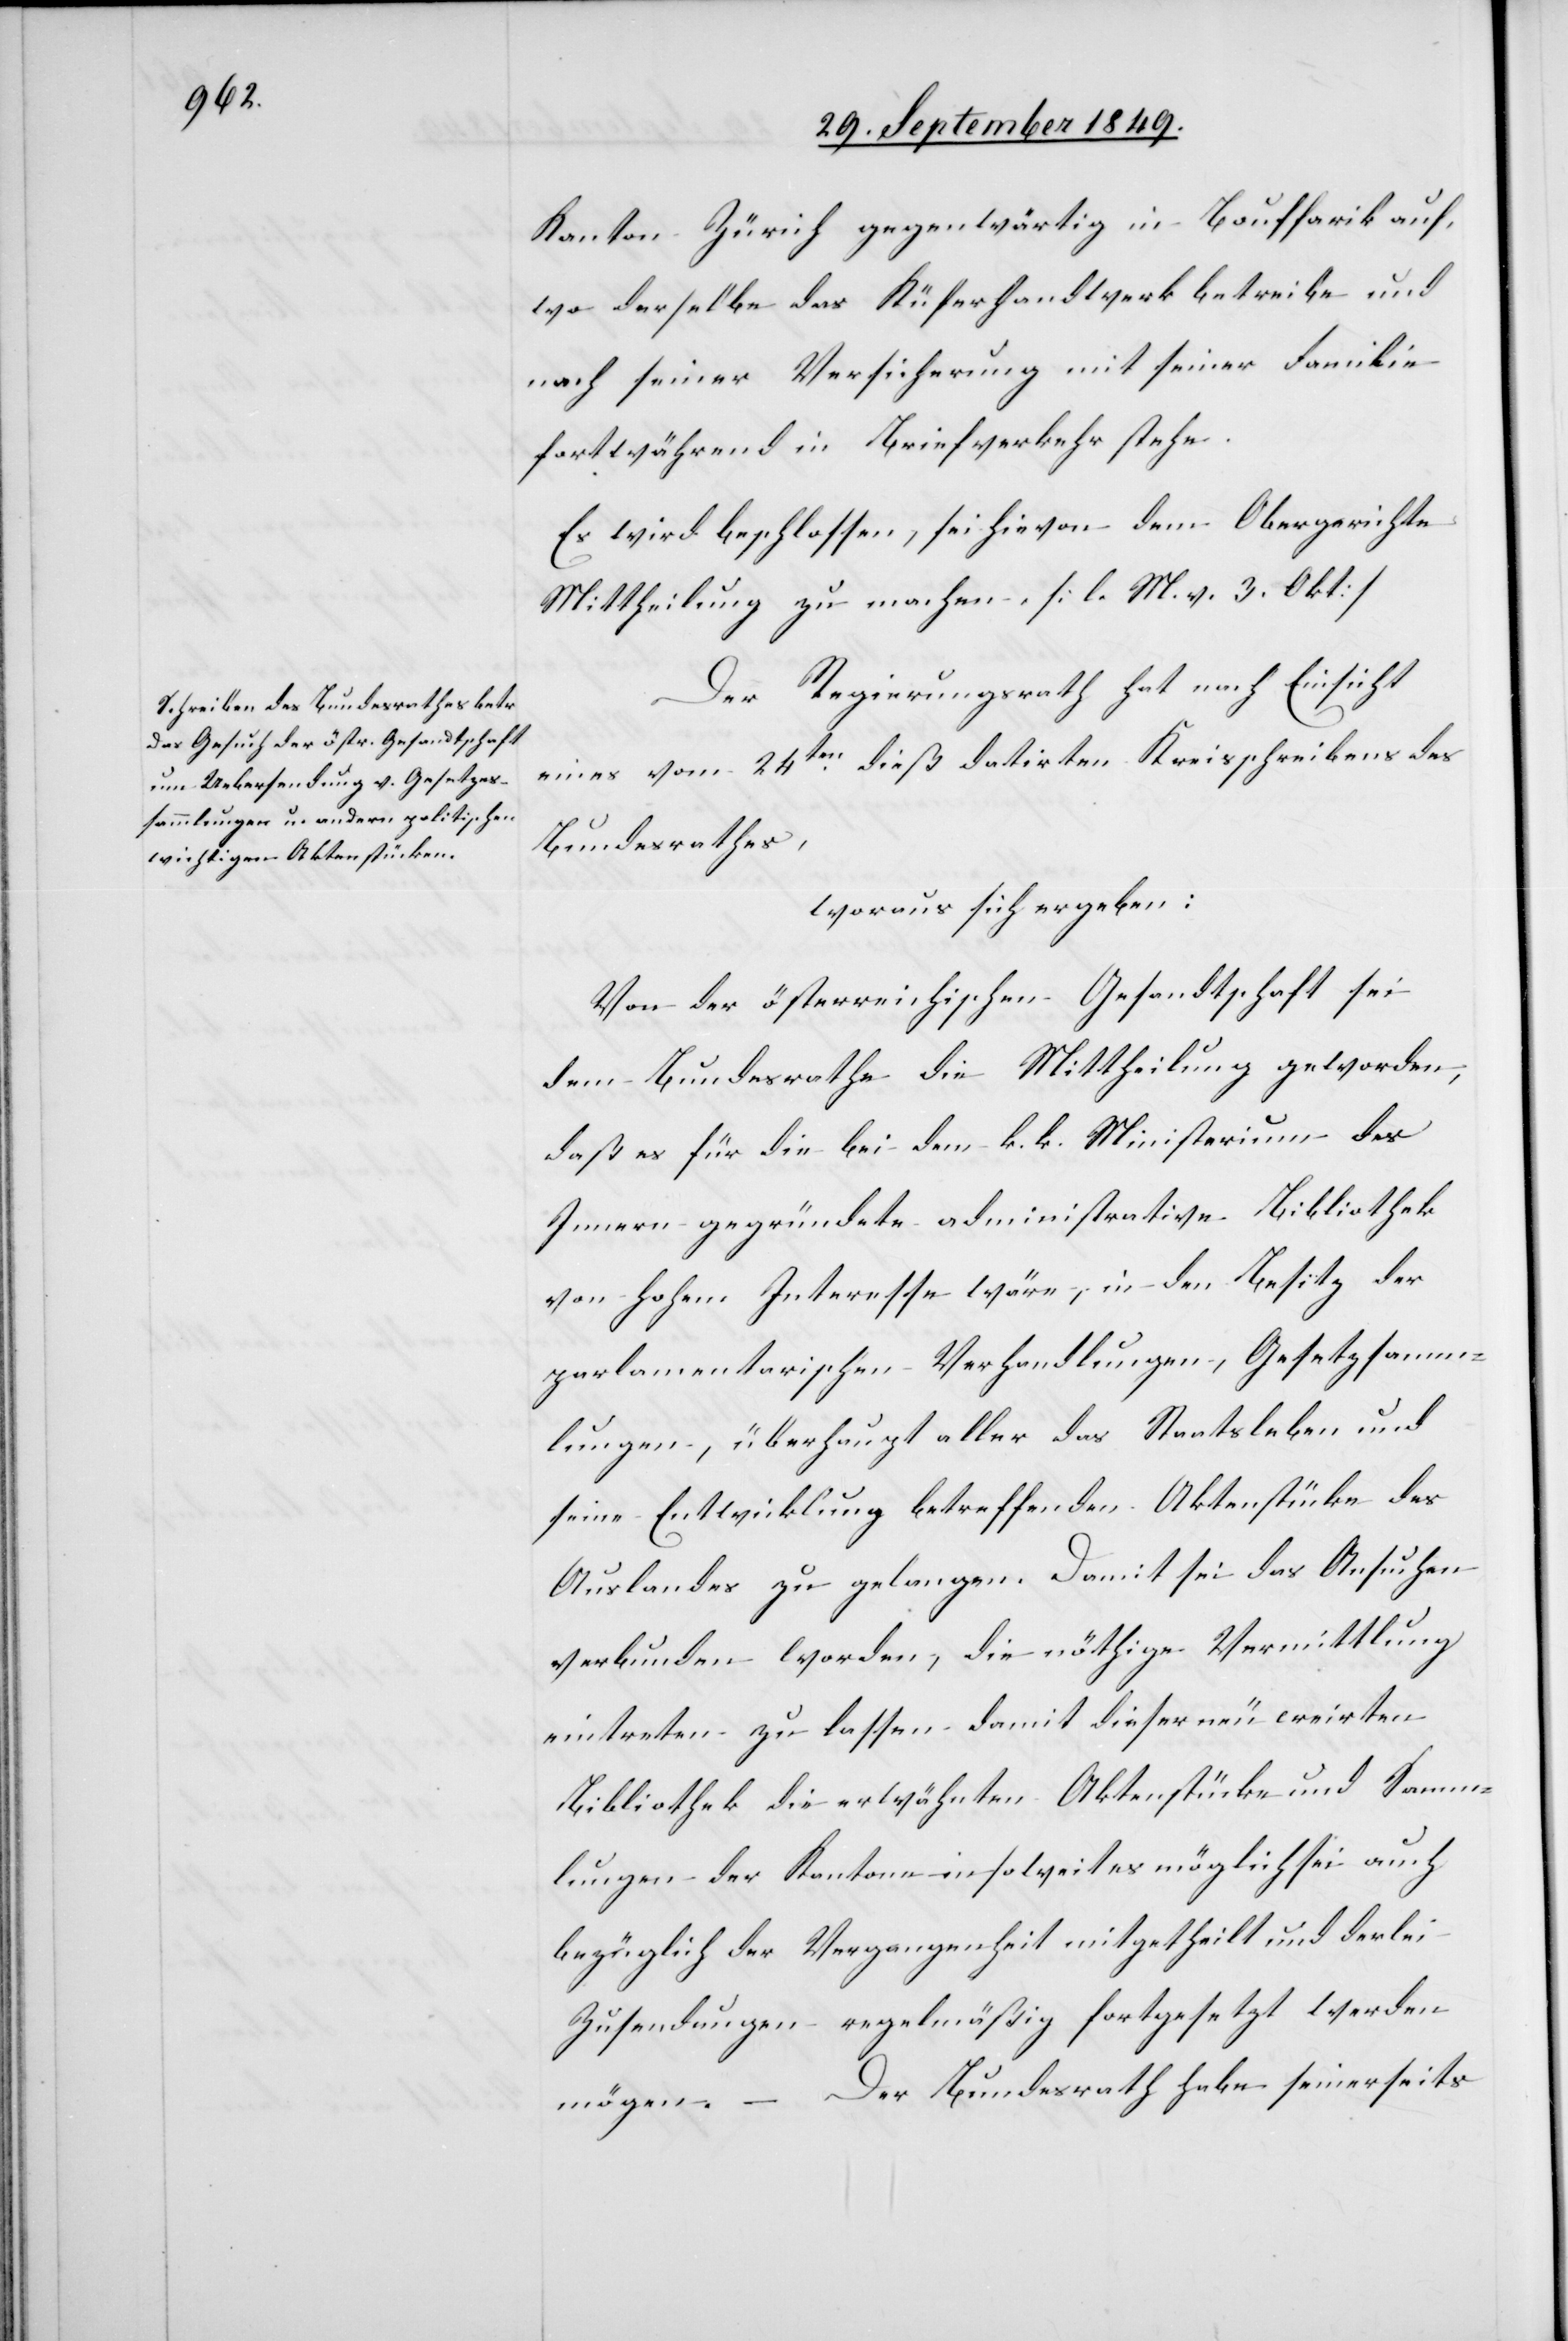
Kanton Zürich gegenwärtig in Bouffarik auf,
wo derselbe das Küferhandwerk betreibe und
nach seiner Versicherung mit seiner Familie
fortwährend in Briefverkehr stehe.
Es wird beschlossen, sei hievon dem Obergerichte
Mittheilung zu machen. [l. M. v. 3. Okt]
Der Regierungsrath hat nach Einsicht
eines vom 24ten dieß datirten Kreisschreibens des
Bundesrathes,
woraus sich ergeben:
Von der österreichischen Gesandtschaft sei
dem Bundesrathe die Mittheilung geworden,
daß es für die bei dem k. k. Ministerium des
Innern gegründete administrative Bibliothek
von hohem Interesse wäre, in den Besitz der
parlamentarischen Verhandlungen, Gesetzsamm¬
lungen, überhaupt aller das Staatsleben und
seine Entwicklung betreffenden Aktenstücke des
Auslandes zu gelangen. Damit sei das Ansuchen
verbunden worden, die nöthige Vermittlung
eintreten zu lassen damit dieser neu creirten
Bibliothek die erwähnten Aktenstücke und Samm¬
lungen der Kantone in soweit es möglich sei auch
bezüglich der Vergangenheit mitgetheilt und derlei
Zusendungen regelmäßig fortgesetzt werden
mögen. – Der Bundesrath habe seinerseits